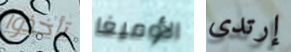
تأخذوا الأوميغا إرتدى